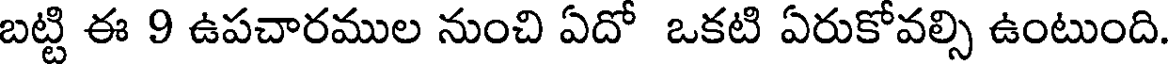
బట్టి ఈ 9 ఉపచారముల నుంచి ఏదో ఒకటి ఏరుకోవల్సి ఉంటుంది